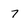
Character: 7